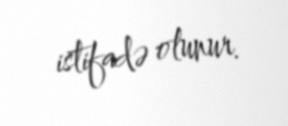
istifadə olunur.